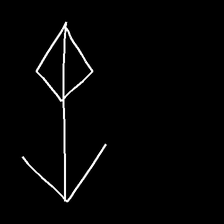
Glyph: focus